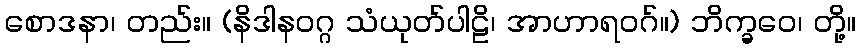
စောဒနာ၊ တည်း။ (နိဒါနဝဂ္ဂ သံယုတ်ပါဠိ၊ အာဟာရဝဂ်။) ဘိက္ခဝေ၊ တို့။